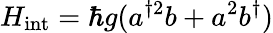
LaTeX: H_{\mathrm{int}}=\hbar g(a^{\dagger 2}b+a^{2}b^{\dagger})